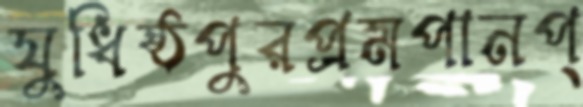
যুধিষ্ঠপুরপ্রমপানপ্